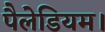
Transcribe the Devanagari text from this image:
पैलेडियम।